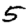
Digit: 5